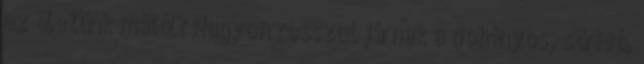
az életünk mától? Nagyon rosszul járnak a dohányos, sörivó,